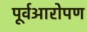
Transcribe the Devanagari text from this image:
पूर्वआरोपण